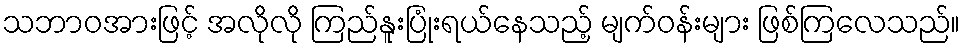
သဘာဝအားဖြင့် အလိုလို ကြည်နူးပြုံးရယ်နေသည့် မျက်ဝန်းများ ဖြစ်ကြလေသည်။